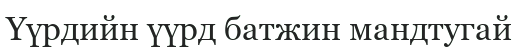
Үүрдийн үүрд батжин мандтугай